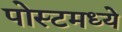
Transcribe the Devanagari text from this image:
पोस्टमध्ये